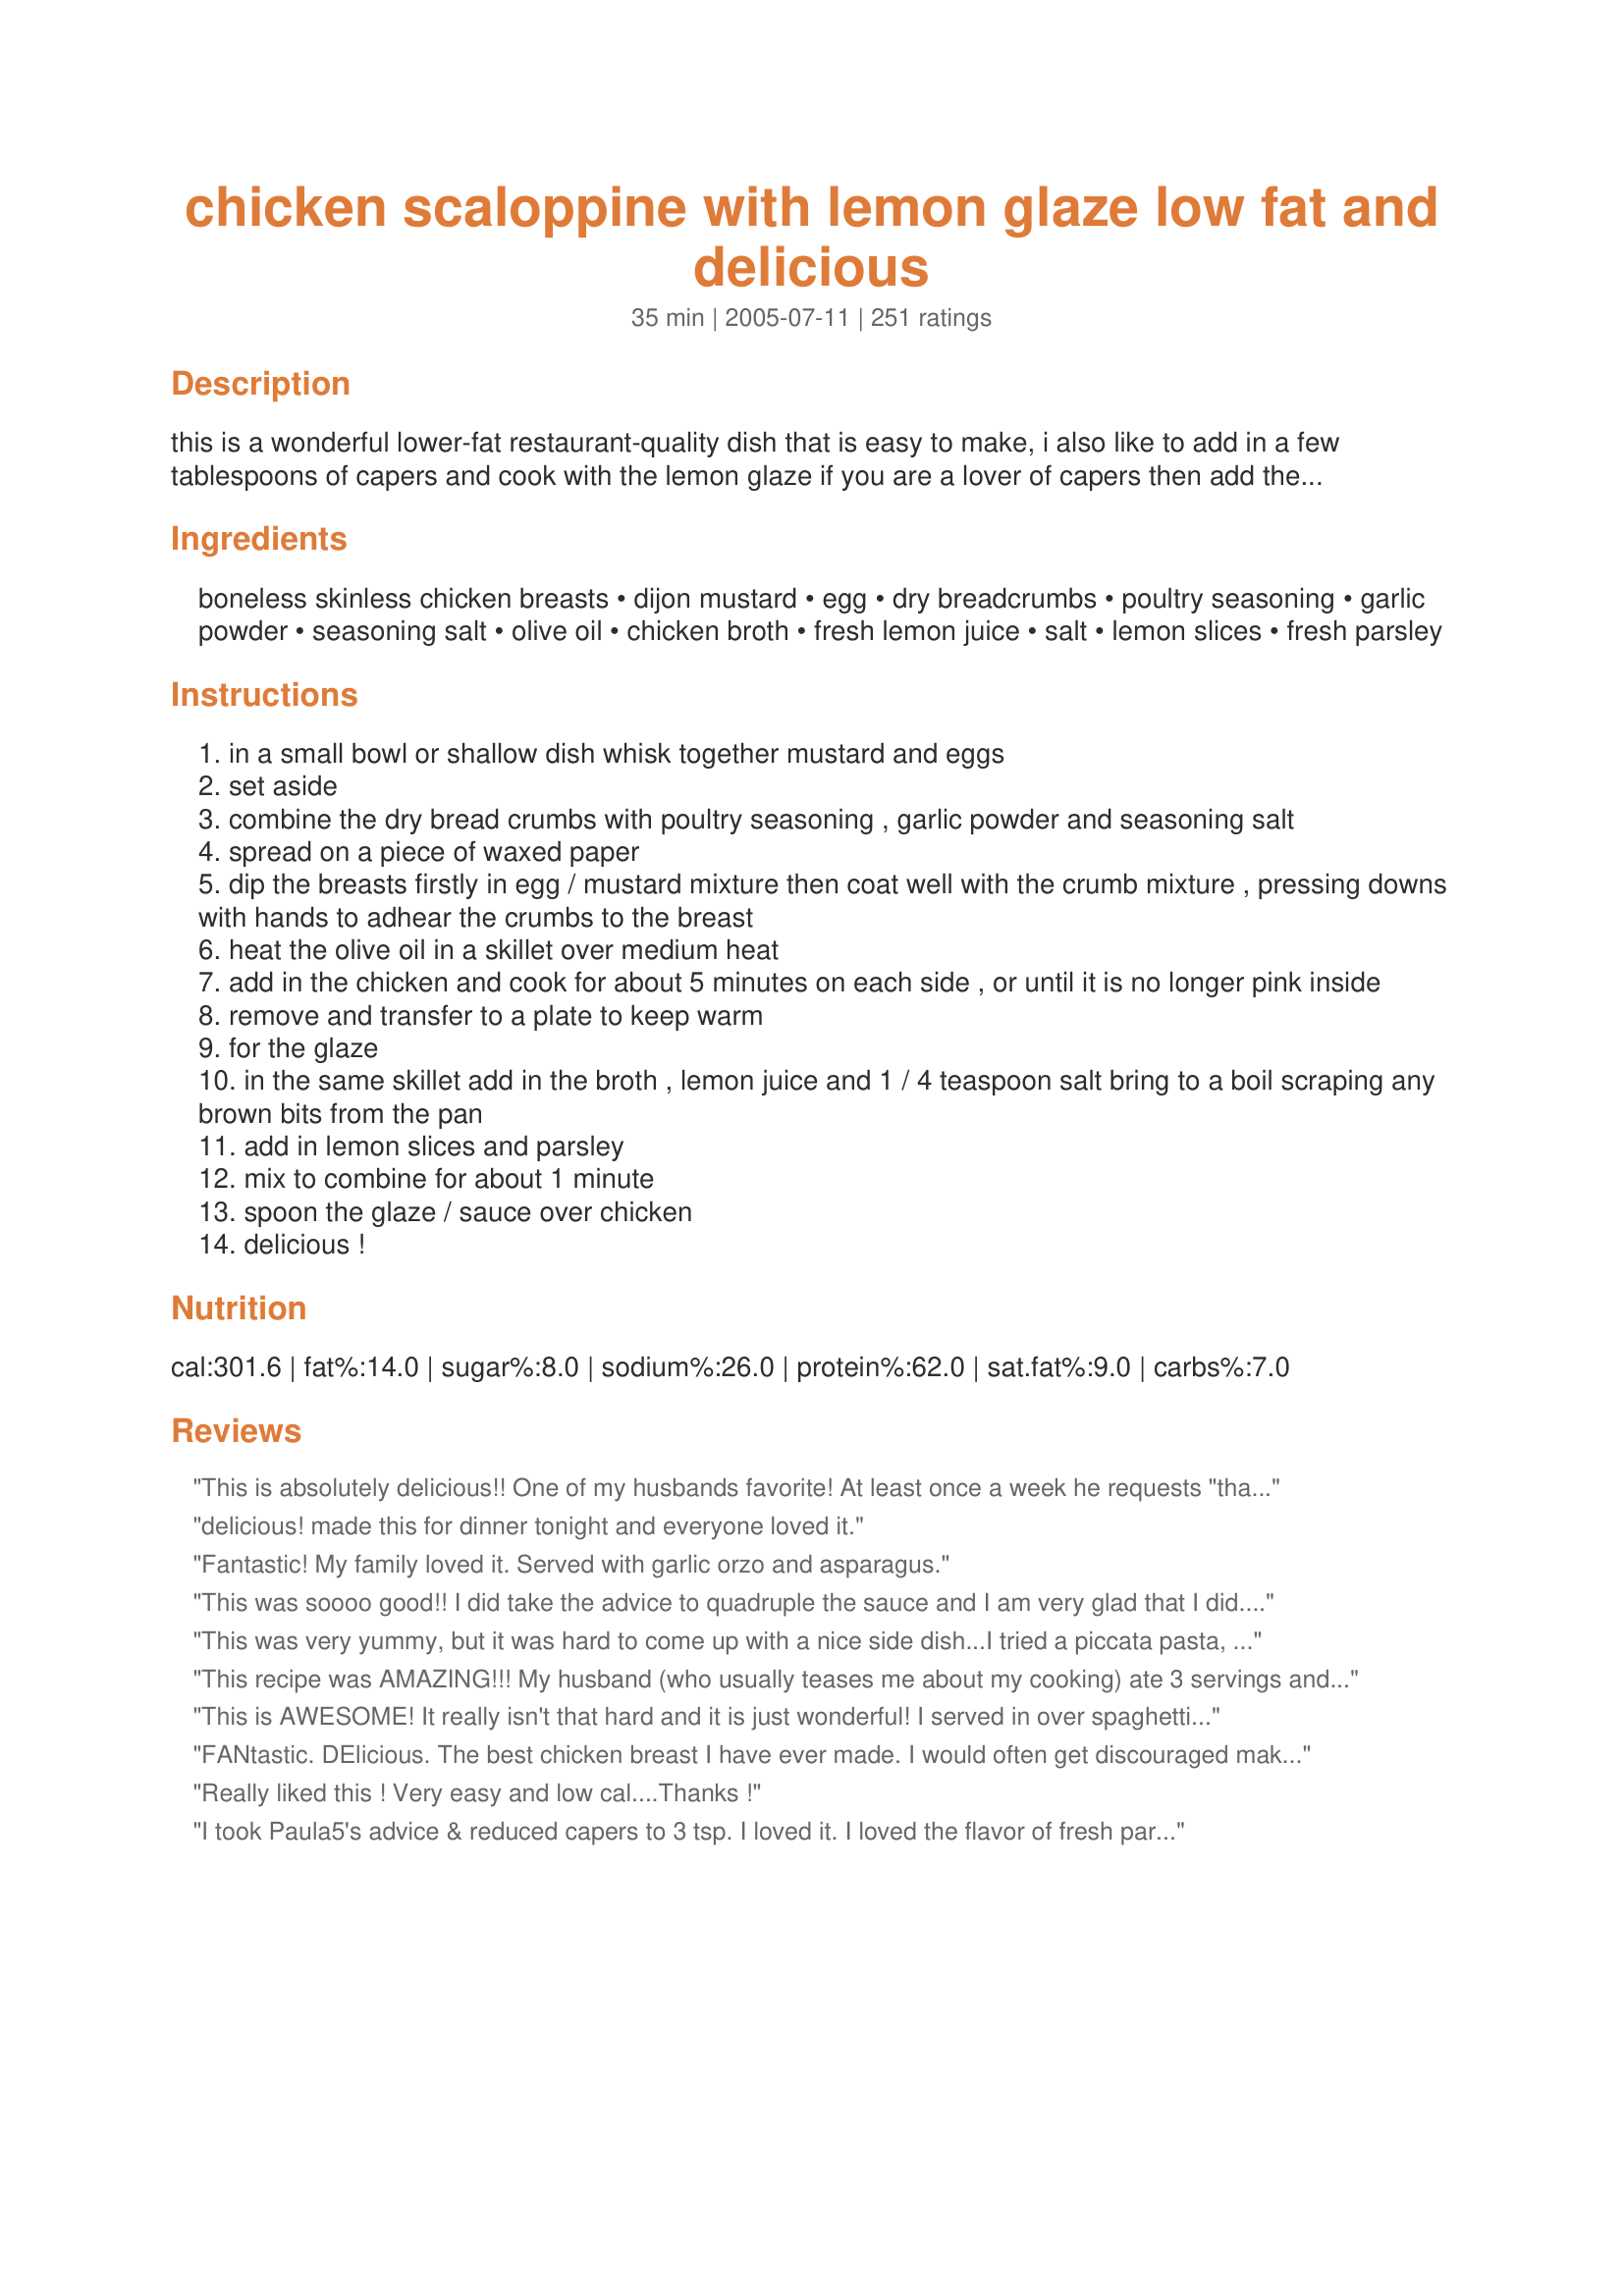
chicken scaloppine with lemon glaze low fat and delicious
Preparation time: 35 minutes

this is a wonderful lower-fat restaurant-quality dish that is easy to make, i also like to add in a few tablespoons of capers and cook with the lemon glaze if you are a lover of capers then add them in as it really adds to the flavour of this dish --- this lemon sauce is not a heavy creamy sauce which is what makes this dish lower in fat, it is more like a glaze that soaks into the chicken, and i would strongly suggest to double or even triple the glaze i most always do, and please be certain to use only dry breadcrumbs as fresh will not stick to the chicken as well --- this is *very* good!

Ingredients:
boneless skinless chicken breasts, dijon mustard, egg, dry breadcrumbs, poultry seasoning, garlic powder, seasoning salt, olive oil, chicken broth, fresh lemon juice, salt, lemon slices, fresh parsley

Steps:
in a small bowl or shallow dish whisk together mustard and eggs
set aside
combine the dry bread crumbs with poultry seasoning , garlic powder and seasoning salt
spread on a piece of waxed paper
dip the breasts firstly in egg / mustard mixture then coat well with the crumb mixture , pressing downs with hands to adhear the crumbs to the breast
heat the olive oil in a skillet over medium heat
add in the chicken and cook for about 5 minutes on each side , or until it is no longer pink inside
remove and transfer to a plate to keep warm
for the glaze
in the same skillet add in the broth , lemon juice and 1 / 4 teaspoon salt bring to a boil scraping any brown bits from the pan
add in lemon slices and parsley
mix to combine for about 1 minute
spoon the glaze / sauce over chicken
delicious !

Reviews:
This is absolutely delicious!! One of my husbands favorite! At least once a week he requests "that chicken scaloppine!!"
delicious! made this for dinner tonight and everyone loved it.
Fantastic! My family loved it. Served with garlic orzo and asparagus.
This was soooo good!! I did take the advice to quadruple the sauce and I am very glad that I did. The sauce definitely completes this dish nicely. I omitted the salt in the sauce, personal preference. I was glad I did. I did not use low sodium chicken broth and it would have been too salty. This recipe will definitely be entering the rounds of meals in my home. Thanks Kittencal!
This was very yummy, but it was hard to come up with a nice side dish...I tried a piccata pasta, but the flavors were to similar. Thanks for sharing!
This recipe was AMAZING!!! My husband (who usually teases me about my cooking) ate 3 servings and kept "mmm-ing" throughout. The food tasted like we were in a fine restaurant. 

I did double-up on the sauce, and it wasn't too much at all. I also used about half the amount of breadcrumbs and used egg substitute instead of eggs - to cut on the calories. YUM!!! I'll be making this recipe again this Friday - for a dinner party. (can't wait!)
This is AWESOME! It really isn't that hard and it is just wonderful! I served in over spaghetti squash and doubled the sauce like others suggested. I would highly recommend serving it the same way! Thanks for the wonderful recipe Kittencal!
FANtastic. DElicious. The best chicken breast I have ever made. I would often get discouraged making chicken since it never seemed to come out moist and flavorful enough. But not this time! This time I had thirds and my family did the same! No wonder this has such a high rating. I did use the capers but even without this dish is scrumptious. I used one egg and it worked perfectly. I also was planning on doubling the glaze but forgot when it actually came time to do it. But that didnt matter either. It was still 5 stars. I made along side Recipe #63200 and broccoli & it worked well. Thanks for sharing, the Lord Jesus richly bless you with more of His character.
Really liked this ! Very easy and low cal....Thanks !
I took Paula5's advice & reduced capers to 3 tsp. I loved it. I loved the flavor of fresh parsley too. Thanks.
Great recipe. Love to make this one. Amazing flavor.
Wonderfully delicious! Loved the use of the mustard to dredge the chicken in before breading it with the panko bread crumbs. I used chicken breasts that were halved which made this chicken so much more tender. Served this dish with a mustard/lemon based sauteed asparagus. What a wonderful meal!
This was very yummy and very easy. I did not have capers on hand, but ended up making a side of broccoli and green beans with julienne red peppers and even drizzled some of the lemon glaze over it. Delicious! Thank you for a great and quick recipe. It is also very economical. I still have chicken breats left from the package and each one only came out to $1.58! And I have left overs. Oh, I used a bit of Italian breadcrumbs, it worked out fine.
I used Haddock instead of chicken but it was still a great dish. The lemon was wonderful and the outside of the fish was nice and crunchy. I did bake the fish at 400 for about 20 mins. I also added some cornstarch to thicken the lemon glaze. This is already on the menu to be served with chicken.
Delicious indeed! I had been searching for a meal both light and flavorful and found it in this recipe. My husband was delighted and ate up every bit. When I asked him if I should make it again, he responded with a resounding &quot;Oh my God, YES!&quot;. Thank you for your recipe!
YUmmmmm! I added the capers because we love them around here! Doubled the sauce.
Another fab recipe from Kittencal!! I would love to see more low fat recipes from you because this one knocks it out the park :) The capers were a great addition, I also added a bit of onion powder to the bread crumb mix. Can't wait to make this again!
Sensational! 5 stars all the way. My son is totally in love with your recipe Kittencal! I tripled the sauce the second time I made it. Thanks!
This was quite good and something I'd make again. My 6-yr-old and I liked it even without the sauce. I added a lot more broth and some corn starch to the sauce. Good for variation. Thanks for the recipe.
This was wonderful (and easy). My husband (very picky with chicken) said that it was a refreshing change to plain old chicken. My 6 year old gobbled it up.
This was SUPER easy to make. I didn't use capers (though I like them, I didn't have them in the pantry) but everything went well. This was a 30 minute meal for me, as I used simple veggies for side dishes.
I made along with Recipe #27876 for one heck of a delicious meal! The chicken was so juicy and tender and the flavors were right on! Served for company and the meal was a special one! This was not difficult to prepare. I will make again as the family asked for it again soon! I did as Zett and Oxford did and doubled the sauce. and did add mushrooms. So very good!
Fabulous. I am a bachelor and just starting out learning to cook. And have taken on the responsibly of cooking for my roommates, and friends. This was easy, and was a big hit !! Only thing is that I would comment on is to keep an eye on the sauce while it is on the boil. Or some of the amount can be lost. Plus, I did like several others noted and tripled the sauce amount and added healthy pinch of corn starch. Not only do I like a thick sauce, but it seemed to hold onto the finished chicken better or I think it would have just run off onto the plate. &lt;br/&gt;Other than that, thanks a bunch !! I&#039;ll definitely be looking for your recipes in the future.
Awesome recipe! Intense flavors, great texture. I turn to this one when I'm short on time, but want a powerfully flavored meal.
Great! Even the little ones liked this. I did add a little more lemon juice because I like lemony dishes. Thanks.
The chicken was delicious but the lemon sauce didn't work out for us. I am not sure what went wrong but we just ended up with a thin, bitter juice that I served alongside but we didnt really eat. The chicken on the other hand was delicious and moist. I used panko breadcrumbs and the kids and dh loved it. I wonder how accurate the nutritionals are considering it is pan fried? We will however make it again, especially for the kids. Thanks
This was one of the best recipes I have tried....I served this with lemon spaghetti #125120 and it was a 10 star meal for a monday...thanks...will put this one is my familes favorite recipes
This truly is a restaurant-quality dish, KITTENCAL. I make it exactly as posted except that I double the sauce. And I always add the capers. Thanks for another great recipe!
This was an excellent recipe. I used 3 chicken breasts. I increased the chicken broth to a full cup but did not adjust the other sauce ingredients and it turned out fine. Next time I will leave out the salt in the sauce. I just didn't think it was necessary.
This was FANTASTIC! So flavorful, and simple! I used half Panko, and half Italian breadcrumbs, because it's what was in the pantry. I also used Motreal Chicken seasoning in lieu of seasonings listed, I just love that flavor combination. I doubled the sauce, and would have quadrupled it if I'd had enough lemons, next time I'll make sure I do because I really wanted more sauce! This is such a winner.. I served it with Angel Hair pasta coated with browned butter... yum. Thanks Kit!
made this forever ago and forgot to review! so good. i used thinly pounded pork loin instead of chicken, it came out very yummy!
This recipe was wonderful. My 9 and 2 year old loved it. I will definitely make it again.
We love,love,love this recipe! I also double the sauce and I add capers, a small can of drained sliced mushrooms and artichokes if I have them on hand.
I thought the capers were in perfect proportion to the sauce and the chicken. I used butter and very much enjoyed the result. Thanks for the recipe!
I had a feeling that this was going to be an awesome choice for dinner tonight with all of the 5 star reviews and I wasn't disappointed! I halved this recipe for just my husband and me but tripled the sauce (added cornstarch) which was delicious on its own but next time I'll try the capers. The dijon mustard added outstanding flavor to the breading mix and did a great job of helping the crumbs to adhere. For those of us looking to jazz up boring chicken breasts without using a ton of butter or oil this recipe is a lifesaver. I'm adding this recipe to my permanent collection--thanks so much for posting! :)
I really liked this recipe. I followed other reviewers advice and tripled the sauce. This was such a light tasty dish. It was even good reheated the next day. I will be making this often. Thanks Kittencal!
Tasted very, very good! Kept to the ingredients, although added some chili flakes to the breadcrumb mix as i like things a bit spicey. Served it with rice. Delicious!
I love this! Most of the chicken breading comes off when you try to flip the chicken, but I LOVE the breading. May be better with no capers, and the sauce doesn&#039;t translate great to a pasta sauce--probably best to just pour it over the chicken.
Very good chicken scaloppine. My DH thought it was great. We thought is was very tender. Thanks for posting this recipe.
Excellent. When the hubby saw the recipe he said he thought "Yuck" but when we got to the table he RAVED about it. Another keeper.
Excellent chicken recipe and very easy!! I doubled the sauce ingredients (because I sure do love my sauce). If you have family members who don't love the taste of lemon, you can still create this dish for them and serve it without the sauce. Yum!
I didn't have very good luck with this recipe..I pretty much set my kitchen ablaze and threw out what turned out to be blackened chicken with burnt oil sauce. I don't think I'll be trying this again, I really was hoping for a nice dinner tonight :(
My husband couldn't get enough of this! He called it "amazingly good," "my favorite dish you've ever made...ever!" and "good enough to eat three times a week!" It's so easy and I love that it's not terribly unhealthy! Instead of pounding the whole chicken breast, I cut 1/4" thick slices from it and skipped the pounding. Of course, I needed to up the amount of breading to do it that way (which is just fine!) -- the amount listed didn't even cover 2 large breasts when they're cut up like that. Thank you so much for this recipe! Yum!
This was very simple & flavorful! I used chicken cutlets, which also made them quick-cooking. I liked the lemon sauce - lots of flavor!! But - I did add a little fat-free half n half to make it creamier. I WILL make this again!! Thanks!
If I could rate this dish higher, I would. This was an amazing way to cook chicken. I am a big fan of lemon flavored things to begin with. It is hard to believe it is low in fat. Thank you for posting.
Very tasty and it is full of citrus tangy flavor. I added no salt spicy herbs mixed with water instead of chicken broth since it wasn't in my pantry but it came out real delicious. It also reduced sodium that way.
Absolutely delicious! Very restaurant quality. It's easy, moist and did I say tastes great?? Thanks Kitten for another great recipe.
FANTASTIC! Made this chicken last night for 7 of my family & friends & it was a huge hit! Everyone called today still raving & asking the recipe. At first tasting the lemon glaze I thought yikes its so tart it may be too much but it was perfect. I used all natural chicken breasts & they cut with a spoon they were so tender. The mustard adds taste texture & holds the bread crumbs (used Italian more added flavor). Also used capers which adds depth to the dish. Beware I made quite a bit extra chicken thinking I would have leftovers for the week...not so people were pigging out...so be sure to make more than you think you might need!
Excellent chicken dish, and we all loved it! It's always great to cut the fat when I can, and with this recipe, you wouldn't even know it. I used whole wheat bread for the bread crumbs, and also added loads of sliced button mushrooms in the glaze, which I doubled, as another reviewer did. This was incredibly delicious, and one recipe I will be enjoying for a very long time! Thank you for sharing it with us Kitten! Made for Zaar Stars 1/09 Linda
This a family favorite now that I make OFTEN. I make it as written except I find that 2 eggs is way too much. I use one egg and 1 Tblsp. Dijon and it's plenty. I also double the lemon glaze to make more of a sauce to pour over the chicken since it is SO yummy. On of my boys doesn't like lemon, so I put aside a couple of cooked pieces for him before adding the lemon glaze and everybody's happy! Thanks Kittencal for another winner.
I didn't read the other reviews before I made this or I would have known to double (or triple) the sauce. Other than that, it was wonderful. I had a bag of Meyer lemons so I used one for this recipe. I used Panko breadcrumbs; I also added capers. Very, very good; I will definitely make this again, increasing the sauce. Loved the flavor and the crispness of the chicken.
So delicious! My family loved this (all of them - picky ones included!). Used panko as suggested and should definitely have made extra lemon sauce. We&#039;ll be having this again!
Another winner!!! Made this for our dinner cutting down on the chicken and using chicken tenderloins pounded down and left the sauce at the same amount. I did use some panko crumbs with the breadcrumbs and added some capers. (I breaded the chicken and like PaulaG I let them sit for about 15 minutes). The chicken turned out to be so tender and DH loved this dish. Definately an easy and quick dish on a hot summer night. Served with fresh stirfry of broccoli, cauliflower, mushroooms and onions. Wonderful. Thank you for posting. Going into my Favorites of 2013.
We really enjoyed this dish and served with rice and steamed broccolli. I used twice the sauce and didn't have lemons on hand so only got to use the bottled stuff. I also only had real breadcrumbs (leftover holiday rolls) and went through 3 cups (adding seasoning too). I don't think I've ever used poultry seasoning before and that taste was something I'll leave out next time-but only personal preference there! I've loved all your recipes! Thanks!
This was the best thing I've made in a LONG time....definately made it's way into our monthly rotation! I used Panko Bread Crumbs and I think that made it even better!
I found this recipe delicious! I doubled or tripled the stock in the glaze and added some thickening agent. I used thin chicken breasts and let the lemons rest on the chicken to add flavor. So good!
I'll add my voice to the chorus. Easy enough to make, with great flavor that is truly restaurant quality! I served with Recipe #203841 and we were all impressed with the dinner. I will need to get a carton of chicken broth, something easy to keep in the fridge, rather than opening a can and having to figure out what to do with the remainder.
What a great meal! I loved the lemony glaze so much. I can't wait to make it for company coming next weekend and have it again!
We REALLY enjoyed this recipe, and we've made it twice already since finding this two weeks ago. I found, though, that the capers are VERY strong. I don't use quite as many of them because of that. Other than that, we made this as-is, and LOVED it! Thanks for the great recipe!
Absolutely wonderful. Thanks so much for the recipe.
Delicious! Hubby did most of the hard work - I just helped by increasing the sauce, and adding some honey (we like a little sweetness to the sour and salt). Gobbled up by entire family, even the picky little ones. THANK YOU, KITTENCAL!
This is soooo good. I really liked the egg mustard mixture. I was only able to put 2 breasts in at a time but they stayed nice and warm on my tray. I did double the sauce recipe and will do that next time too. I served this with parsley buttered noodles and corn on the cob. Thank you Kittencal for sharing yet another great recipe for my family.
This was easy and delicious! I did use panko bread crumbs and I doubled the sauce. My husband thought it was too lemony, but I LOVED it! Served it with baked brown Jasmine rice and glazed carrots. I didn't use any capers but I did add a can of drained mushrooms to the glaze. YUM!
Yum Yum Yum!! We just love your recipes kitten :-) I added the capers, I only made two chicken breasts and halved that portion of the recipe but I kept the sauce portion at the same quantities.
An absolute hit for dinner tonight. I served it to my DS8 sans sauce (he thought it was too sweet - silly boy!) and he devoured it and told me it was perfectly cooked. DH and I really enjoyed this and I must admit I stuck my finger in the leftover sauce because it was just so yummy. I too doubled the sauce and chose to add some cornstarch to thicken it up as a personal preference. Yummy!
This was a great recipe and I will be making it again. I think this chicken would be good with other sauces as well as just plain. Thanks Kittencal you have become one of my favorites, you have so many wonderful recipes!
Fabulous recipe!! Next time I will make more of the sauce to put over rice!! Everyone loved it!
I made this the other night for dinner and it turned great! The chicken was juicy and my boyfriend really liked it.

The only thing that I didnt care for was the glaze. I think I did it correct but it was just ok. Next time I can do without. But I will make again for sure!
My DH and I absolutely love this recipe!! When I told him I wanted to make it for dinner he was overly eager to go to the store and get my lemons.. (he never goes to the store lol) .. I also double the sauce recipe at the end.. I really like to soak it up on the chicken!
This chicken is tart and has a bright flavor it was very refreshing on a hot day. I doubled the sauce and used panko breadcrumbs, I didnt have poultry seasoning so I used a souvlaki mix. I think I will try salmon/capers next time. I love KITENCAL'S recipes they are always winners Thank You!!
Wow!!! I made this a few months ago, and could not find the recipe to remember the name and rate it. My DH and I both adored the recipe, it was delicious! I did made a few adjustments however. I actually doubled the sauce and added a bit of butter and flour to thicken the sauce and served it with pasta, it was soooooo good this way!
Another great recipe, kittencal! My husband ate this like he was eating his last meal. I will say I did add some chopped olives though. Gilding a lily I suppose.
This was VERY nice! I made it especially for my husband, who is a lemon fiend, and he loved it. I skimped on the oil, so it wasn't as crispy as it might have been, but it was still delicious. Wonderful sauce. Just a note-- I doubled the sauce, too.
Iv'e had this recipe saved for a month now just dying to try it out on my mom on her return visit,we all took part in making this dish,mom mixed the breadcrumb mixture and also the egg/mustard mix and coated the pounded chicken breasts,hubby fried up the chicken and I made the sauce,we three all had a blast in the kitchen making this dish together,Mom and I were laughing our heads off at my hubby for his fear of the capers (he never having ever tried them before) was so afraid of them ruining the chicken but we convinced him they would be great!!
 I followed directions exactly except I used 4 teaspoons of capers since we only had 3 chicken breast halves.
 The chicken was very tender,juicy,crispy on the outside,the flavor was exquisitly intense and extremly delectible!!!
 Lots of MMMM's & Ohhhhh's with each bite!!!
 This was some seriously devine chicken!!!
 We all loved it tremendously!!
 
 Thank You for this incredibly OUTSTANDING recipe,I will be making this again for sure!!!!!
 Debbie :) 

Outstanding!!! Very tasty. Capers were a great addition. Use 2 eggs also and definitely triple or quadruple the glaze!!
The family really liked this chicken dish. Some of the leftover pieces of chicken later were put on slices of bread to make delicious chicken sandwiches.
Thanks Cal! My DH and I loved it. This will soon become a regular at our house.
nice lemon flavor and easy to put together. I made this with the capers and am sure I'll make it again.
My whole family loved this. I passed the recipe on to my parents and they also raved over it.
What a great treat! Too bad I didn't follow the other recommendations and double the sauce ... that's a must, in my opinion. We all loved it and this will definitely go in my 'be sure to make again' book. I did omit the capers, however. I was afraid that it might deter some of the family, but I will probably try with the capers at some future time. Thanks for a GREAT recipe!
Updated 5/30/10 -- I sometimes substitute white wine for the chicken broth ... that also works great.
Simply wonderful. Easy to make, easy to eat. I didn't add capers, but I can see how they would add to the taste. I really enjoyed the dijon mustard addition, but ended up throwing out 85% of the mustard/egg mixture- it just wasn't needed. I would probably use one egg, 1 T of dijon next time. Fresh lemon juice was a great addition- I am so glad I didn't use bottled. Was a teensy bit salty, probably my fault, as my poultry seasoning is a little salty on its own. I also added 1/2 tsp of cornstarch to the broth mixture (which I doubled as per another reviewer) just to make it a little bit thicker. Really really nice little dinner. Thanks for sharing.
We love capers and that is what drew me to this dish. It is restaurant quality and only 18% fat! Just the two of us so I only used two breasts but kept the amount of sauce... which was delicious.
This is delicious. DH asked for seconds and requested for it the next day too! The sauce is unbelievable
This was absolutely delicious. I used leftover chickpea chips instead of breadcrumbs because I am gluten-free and try to avoid wheat and corn-based products. Next time I will grind them up finer in my food processor now that I know I like the taste. I agree, I will double the sauce next time as well because there was hardly any left in the pan to pour over the chicken after I cooked it. That may be because I &quot;halved&quot; the recipe for two chicken breasts, however. Pretty easy to make. I especially like that it mostly uses ingredients I already have in the kitchen and pantry as opposed to having to shop for a bunch of things. Will definitely add this to the rotation of dishes i will cook again. Thank you!
This dish is not only simple and delicious, but the presentation is beautiful. I did add capers which my husband loves, so when I served it, I placed the lemon slices over the top of each breast, spooned the glaze and of course put extra capers on his plate. HE LOVED IT and he said it was even better the next day for his lunch!
Easy and very yummy! Wish I had made more sauce since mine evaporated hahha. We used panko as well.
Very good. I doubled the sauce as suggested and served with buttered noodles.
Good stuff! It's a good thing we really like capers, because they are overpowering in this dish -- but if you really like them, that's a good thing. The chicken comes out crispy, lemony and delicious. Left out the butter. Makes an impressive presentation besides tasting great. Yum!
This chicken turned out moist and crispy. I used thin chicken breasts, perfect for scalloppine, and they cooked just as directed. I had never mixed egg and mustard but apparently it works and gave the chicken great flavor. I also doubled the sauce and it was good. Next time, however, I would omit the salt in the sauce because it was too salty for us. Thanks for another great recipe!
This was really really good. The chicken was super moist and flavorful. I was worried that it would be a little bit too lemony but it was just the right amount. I served this over risotta with squash and asparagus. Great! Thanks!
This is my husband's favorite chicken dish on earth !! We love it. I always make it when I have a new guest to dinner. It's so good and nice enough for company. I always use the cutlets and double the sauce.
Delicious! Doubled the lemon glaze and was glad I did. Made a lovely dinner. Thanks for sharing the recipe!
This is fantastic & sooo easy to make!!! I was really surprised at how good this is.. served it with your caesar salad & home made croutons. Next time I might try an apricot sauce - just for something different. Everyone was very impressed and gave you 10 out of 10
q(^.^)p
Delicious flavors, and healthy, what a great combination. I forgot to pound they chicken first, so I had to simmer them in the sauce for a while to finish cooking. Because of that, even though I doubled the sauce, there was still very little left by the time the chicken was done. That was totally my fault though. I'll definitely make again, keep the sauce doubled, but remember to pound the breasts thinner next time.
DH and I made this for dinner tonight and really enjoyed it. Based on other reviews, we decided to quadruple the broth and double the capers and salt in order to have extra sauce. It turned out wonderful. I think next time, I would not double the salt because my chicken stock is not low sodium and thus I found the dish a bit on the salty side. We omitted the butter to make for a healthier dish and served with a side of asparagus. Thank you for posting this keeper.
Fantastic. My famil loved it. I agree with another member's comments; double the sauce so that you have more than enough. Also, I have a vegetarian family member so I also made some eggplant and use the sauce on it as well. She raved about it and even asked for the recipe. Thanks for the great recipe - this is a keeper!
Absolutely outstanding, will make it again and again.
I followed the recipe exactly and my husband and I were very impressed by the wonderful flavor. I thought the recipe was right on and the poultry seasoning and capers really add an impressive flair. Definitely a restaurant quality dish! Can't wait to make it again and very worthy of company.
So good! Served over pasta and doubled the sauce. Next time I will make even more sauce. Also, highly recommend using the capers.
We must be in the minority on this one. We won't be making this again. The chicken was moist and flavorful (hence the 2 stars) but the sauce was horrible. I followed the recipe exactly and then did as some reviewers suggested and added cornstarch to thicken it. It had a horrible flavor. I love lemon sauces so I was very dissapointed in this one. I hope others have better luck!
LOVED this recipe. Thank you so much. Elegant, healthy--loved the capers.
Delicious. The only thing I would recommend is adding corn starch (mix it with cold water first) to the sauce. I like my sauce thicker. But thanks Kitten. I will definitely make this again.
We really enjoyed this! The seasoned bread crumbs had a lovely flavor, although I had to do without the garlic powder as I was out. I found the sauce quite lemony, so maybe next time I might reduce the lemon juice just a bit, but that's just my personal preference, my husband loved it as it was. Definitely will be serving to company, and lots more to just our family~ it was very easy and quick to make!
Yummy..will make again! Only thing different is I had to double the breadcrumbs.
Excellent- Simple recipe to put together... and it yielded classic results.
This recipe Will replace all of my chicken scaloppine recipes! Dish is so easy, full of flavor! I tripled the sauce, used panko crumbs, and I didn&#039;t have any problem with the sauce needing cornstarch or flour to thicken it up whatsoever. This is NOT a gravy, it&#039;s a sauce and it is wonderful. Thank you, thank you, Kittencal, this recipe rocks and considering it is a &quot;healthier&quot; version..............It will definitely be repeated for the family as well as company.
YUM! As suggested by another reviewer I used panko bread crumbs and doubled the sauce.Funny...I got a high five too from my DH.
I really liked the dijon/egg mixture on the chicken. The bread crumbs adhered well and the combo of the seasoned bread crumbs and the dijon gave a nice flavor. It fried up nice and crispy. The sauce was pretty good. I think I would try an alternative if I made it again.
This was very tasty. Thanks for the recipe.
This is probably the best recipe from KITTENCAL that I have made yet, better eating at any restaurant, I used very few capers because we really are not big time caper lovers here, in fact I might make it next time without the capers, it is an OUTSTANDING recipe, we loved the lemon flavor. This deserves much more than 5 stars, thank you.
i am DEFINATLY going to try this one, i don't usually go for low-fat but this looks absolutly delishious!
As if this need another review....but this was so yummy. Next time I'll add in some cornstarch to the breadcrumb mix to help it be a little more crisp.
This was quite easy, but unfortunately I just wasn't that impressed.
I halfed the recipe for three chicken breasts and had way too much breadcrumb mixture, only used about 1/2 of it. 
The sauce was good but VERY lemony.
I also ommitted the dijon and poultry seasoning because I didn't have any.
It was okay, but not overly impressed.
I was skeptical of the breading on this (too many mushy breaded chicken experiences!) but I resolved to go ahead and bread it using panko crumbs, and it turned out fantastic! Nice crunch, even with the glaze, and deliciously moist inside. I cut the recipe in half except for the glaze, and added the capers. It looked so fancy with the lemon slices - can't wait to serve this one to company! I loved the one-pan clean up afterwards, too. :) My husband spontaneously gave this dish 4 stars (which is his highest rating), so I know it's a keeper. Served with buttered orzo pasta and steamed broccoli for a tasty meal! Thanks for such an easy, tasty recipe!! **Update: I make this ALL the time - it's one of my hubby's most-requested dishes! Thanks again for sharing!
Tonight was a Kittencal night at our house. I made this, along with the Sweet & Spicy Sweet Potato Bake. Not sure if it was a good pairing, but each dish is really good! I found my pan to be a little dry after sauteeing the chicken on each side, so I added the juice of half a lemon, a couple of splashes of chardonnay, and a few splashes of chicken broth as well, and let the chicken simmer in that for just a couple of extra minutes. Had to throw in some more capers, too, because we love them. DH was mmm'ing over this one at first bite. DeLISH! Thanks, Kittencal!
This was great, although I changed it a lot (simply due to laziness and alternate ingredient availability). I didn't have capers, so I left them out. I used boneless skinless chicken thighs instead of breasts, and I didn't fry. I think the Dijon mustard with the egg is the secret! I prepared the chicken per the instructions and baked at 400 degrees, after first drizzling the bottom of the pan and the tops of the chicken with a little olive oil. I made the sauce in a small saucepan on the stove, using a little garlic-infused olive oil to mimic the pan method. My husband gobbled it up last night, and he took leftovers for lunch. He just sent me a text that said, "I could eat this all day!"
Great recipe, will make again!
Really good:) I doubled the glaze/sauce and added halved grape tomatoes and a drained can of quartered artichoke hearts or bottoms either works. I like it with angel hair pasta--you can use whole wheat or the low carb type too. 
Another keeper!!
Absolutely delicious and so easy tp make! Followed the instructions, but didn't use butter or capers and doubled the sauce as suggested by two other members. Served it over white rice, wild rice and even mashed potatoes! Definitely a keeper! Thank you Kittencal!
Delicious! So simple and easy. The whole thing took less than an hour. I pounded the chicken with a hammer... time to get a meat tenderizer I guess! I was impressed that the breading stuck like glue to the chicken and did not come off in frying. And I loved the flavor that the dijon mustard and lemon gave to the chicken. Definitely a make-again.
Exquisite!!!

I made this a few weeks ago and am just now getting around to rating, although the dish has never left my thoughts.How much simplier can you get, I mean, it was a breeze to prepare, and the taste is like an elegant entree at an upscale resteurant. 
 I did flatten my chicken breast, and it made for 5 large pieces, but only took minutes to fry.The sauce was perfection. I placed the finished chicken breasts on a beautiful oval platter, then poured the sauce over the top and it was just as pretty as a picture, especially with the sliced lemon. Very good recipe to impress.My kids went wild over it, and I had to hide the last half piece from my duaghter so I could savor the flavor the next day.
Rare as it is that I give a 5-star review but this is one of them and my wife and children agree. The only thing I would change, and it should not affect the rating, is to double the sauce. The sauce is enough to "glaze" the dish and the breading seems to soak most of it up, but that may be a preference to the author. I did use panko bread crumbs and it worked out great. One other suggestion I'd make is once you pound out the breasts, two breasts take up the entire pan.

As for the flavor, it was excellent and I did not find the lemon too strong at all. The texture is crisp and the chicken was juicy. I may add sauteed mushrooms next time. Great recipe.
I've made this a couple of times, and it is absolutely awesome. I would suggest quadrupling the sauce - I doubled it the first time I made it and it just was not enough. I always use panko bread crumbs, as I love the extra crunch they give. Thank you, Kittencal, for another fantastic recipe!
I really enjoyed this for dinner tonight. Made exactly as directed, except for the capers, didn't have any. Not too lemony as some Scaloppines can be. Will definitely make this again. Thanks for the recipe.
Wow! This was fantastic. I did double the recipe for the sauce. MMMMM. I am such a huge fan of capers anyway that I knew I would love this. But my significant other loved it too.. and he usually doesn't care for capers. He loved it.. but asked if I could up the garlic a little next time.. sure thing-I'll try that! This one is going in our "make over and over" recipe file.
Wow. This is wonderful! I tripled the amount of lemon juice and broth, whisked in some butter at the end and served it over angel hair. Incredible! This deserves at least 6 stars!
Fabulous recipe and pretty simple. I didn't have breadcrumbs in the house so I substituted croutons and omitted the seasonings. Turned out great! The capers are a must to have if you want this to turn out. Their saltiness really adds to the flavor.
OMG...This is amazing!!! The lemon taste was subtle and not too overbearing. I seriously can not believe this is low fat. I figured the ww points as 6 pts per serving (I only used 1 tablespoon olive oil and only one egg, I added minced garlic to the oil to cook the chicken). My partner and I both agree this recipe is guest worthy. Yummy! Thank you soooo much for posting, Kittencal. This one is a KEEPER!!
Nice recipe, my "glaze" didn't turn out as such, but rather just chicken & lemon juice, I used a non-stick pan, maybe that was my problem because I was expecting it to be much thicker.
Next time I will pound my chicken even thinner tho.
Thanks, I'll be making this again.
We loved this! It was light and flavorful. I used egg substitute, panko breadcrumbs and less than 2 tbs. of olive oil. I doubled the amount of sauce and thickened it with a little cornstarch. Also, I found that the chicken was done after only 3 minutes a side. Great recipe!!
Yum! Instead of pounding the chicken breasts, I bought thin-cut breast (there were 5 pieces) and that worked just fine, followed the directions except I seasoned the breast before dredging in egg & dijon mustard. It was fairly easy and fast to make, I'll be making this again soon! Thanks for a great recipe!
Delicious and really easy to make. Anyone could easily make this and have a really fantastic meal. I served this with deviled cauliflower (634) and it was a fantastic meal!
Very good but I felt the lemon was too strong. I do think this would work wonderfully with fish.
I only had yellow mustard so I used that and added some paprika to it. I used the bottled lemon juice and everything turned out great! I will never pay for lemon chicken anywhere! My husband rated it top 5 and thats saying ALOT to him. Thanks for another great recipe kitten!
We loved this!!! It was everything we were looking for! Ended up cooking partially on the stove and finishing in the oven for about 20 minutes. With 5 minutes left in the oven, I poured the sauce over the chicken to left the flavors blend. A good way to work in capers! Served with pasta and alfredo sauce and salad. Thanks!!
I made this tonight and it was yummy! I'll definitely be making this again, very easy to throw together. I served it with some basmati rice with some steamed veggies mixed into it. Thanks for posting.
I loved this recipe! It was really tasty. I served it over noodles. I did not use capers and I did double the sauce. Next time, I would maybe even triple the sauce to have extra for the noodles. Delicious! I will be making this again!
I cooked this for my uncle's bday treat and he loved it...especially the capers!!! I will be making this again for sure :D
Great dish! Easy to make and we love capers and wouldn't make it without them. I doubled the sauce as suggested and glad I did. This one is a keeper.
AMAZING. I will make this again and again!
Easy recipe, low fat, and SO flavoful. DO DOUBLE THE SAUCE! Great with brown rice and fresh broccoli.
Thank you thank you!
Delicious, easy, exactly what I was craving tonight.
I really loved this recipe, however I made one change to the cooking method. Instead of cooking it completely on the stove, I cooked it in the oven for half the time. It seemed to get too brown, too quickly on the stove top. Thanks for the delicious dinner idea. Liz
This was WONDERFUL! I have been talking about it for weeks. I will make this for my boyfriends mother, who is an amazin chef, to impress her when she visits next.
This was good, but just tasted like oven fried chicken. I guess I was expecting something more Italian? I would call this "Mustard Chicken with lemon". Not bad, just not a "wow".
I love this recipe! My DH and I eat a lot of chicken, and the lemon and parsley in the sauce really adds something special. I'm not a caper fan, so left those out, but it was great anyway. Thanks for posting! We'll use this one a lot.
This was WONDERFUL!!!! I will be making this again.
Ohhhhh, so delicious. This was flavorful and juicy. DH loved it (which is great since he just started a low fat diet). I also doubled the glaze and added a little cornstarch to thicken it up a bit. We used the leftovers in a pita pocket the next day--still delicious. Thanks so much.
This was an easy and excellent way to fix chicken. My family loves chicken and I am always looking for new ways to fix it. Followed recipe exactly and it came out perfect. Although I also think it could have used more sauce, which I will double next time.
OMG! This recipe is the BEST! I used the panko breadcrumbs as well and tripled the glaze as suggested - it's so light and delish esp with the angel hair pasta. Making it again tonight. LOVE the capers in it - gives a very distinct restaurant flavor - great for company! Seconds please!
This recipe was delicious. Next time I will try it with the capers.
My husband loved this recipe, thank you. I haven't had a bad recipe from you yet!!!
Since we are starting the "New Year, " trying to eat a little more healthy we tried this and absolutely loved it. Very easy to make with fantastic results. We will surely enjoy this again and again.
This is wonderful! Hubby and son took it in their lunch the next day (without the sauce even). Pretty healthy too! Thank you for sharing.
Great stuff! Hard to believe it's not bad for you. My husband went back for seconds and even gave me a high five. The sauce got into the rice and broccoli on our plates and made them taste even better too. Made as directed except didn't have a lemon so used bottled lemon juice. It was just fine, but I will try the real thing next time for a brighter lemon taste.
I didn't have Dijon, so used 1 T of regular mustard and added some garlic & onion powder to it. Still, this dish was FABULOUS!!! We found it so tasty by itself; no need for the lemon glaze for us. Kittencal, you've given me another one for my permanent file. Thanks.
I took the advice of other reviewers and added cornstarch to the glaze to thicken it. With that little addition, this recipe came out perfectly! The mustard in the crust definitely added a little subtle extra and set this dish apart. Thanks!
DH and I agree this is very good. I had intended to prepare the recipe for 2 and what I thought were 2 chicken breasts actually turned out to be 3. Once flattened the chicken pretty much filled up a dinner plate. This recipe was perfect for using my warming drawer as only 1 breast could be cooked at a time and the others placed in the drawer to stay warm. I did double the sauce and only had enough for 2 of the breasts. I actually needed more bread crumbs and much more olive oil than called for. After breading the chicken, I allowed it to stand on a rack for about 15 to 20 minutes to set the coating. The chicken was moist and tender while having a wonderful crispy coating. The other piece of chicken was sliced thin and will be used to make a salad tomorrow for lunch.
This was an excellent meal. I did choose to add capers as recommended and I'm glad I did as they were a great addition. Used egg whites which further cut the fat of the dish. Thank you Kittencal for sharing the recipe.
Wonderful recipe!! I wish I had read the other comments first to know to double the sauce though. I use homemade bread crumbs, which I think tend to be more absorbent, so we weren't left with much of any sauce. :) Hubby loved this recipe and asked me to put it in our rotation. Thanks!
This was delicious. We especially liked the Dijon and the breading. The lemon sauce was pretty good too, but I may cut back just a little on the lemon juice next time. Thanks for sharing.
Unfortunately, didn&#039;t love this. It was ok. The calorie count ended up a bit higher because it took a lot more oil to fry the chicken in. If I would have known that I would have just used my tried and true recipe that uses butter and white wine, with a much better flavor for only 70 calories more than the stated calories. I also wouldn&#039;t consider it a lemon &#039;glaze&#039;. It was just lemon juice in broth, not like a glaze at all.
Kittencal has done it again! Her recipes are fantastic! This dinner was easy to make, delicious, and we had all of the ingredients on hand (we keep parsley in the freezer). We added the capers, and can't imagine making the recipe without them. This was absolutely wonderful! I'm thrilled to have found a delicious easy meal to add to our weeknight dinner list! Thank you KC!!!!
Awesome recipe. Made it for my family last night. Huge hit, and I will make it again.
Oooo I just made this tonight and it was de-lish! The only change I made was to use boneless, skinless chicken thighs. They were already pretty flat so they didn't require too much whacking (although my 9-yr old was enjoying that part). Everyone loved this, including my finicky 13-yr old. Thanks for a tasty, easy and impressive dish!
So good and easy. I will cut back on the Dijon next time as I felt it was a little strong but other than that it was perfection!! Thanks,
This was absolutely delicious. I followed the recipe exactly except I used spicy mustard instead and followed some suggestions to triple the glaze and to pour in the lemon juice as I boiled the glaze. I only ended up using about a tablespoon of it as I didn&#039;t want an overwhelming tangy lemon flavor...the amount I used was perfect!. The chicken came out so moist but with the right amount of crisp. Will definitely make again!
This was a very good chicken dish. Even my picky kids loved it. I did triple the glaze also. I left the capers out, because I didn't have any on hand. I served it with Angel hair pasta. I think next time, it might be nice to thicken up the sauce a bit...so that it sticks to the pasta better. Other than that, nice recipe.
Incredibility delicious! I used 4 boneless skinless chicken breasts and for the bread crumbs I used 3/4 cup of plain (all I had) and 1/4 cup of Italian Seasoned bread crumbs. Added the other ingredients and it was perfect. I added capers at the end and the family absolutely loved it. I doubled the sauce and glad I did. Thank goodness we have some for leftovers as I am looking forward to eating this tomorrow.
this was really good. I didn't have any breadcrumbs, so I used some chickpea flour instead. I fried it in oven too since I was running low on time. It came out great! The lemon wasn't overpowering at all. Thank you very much! 200th review :)
This chicken is the best. I have made is several times and it always comes out great. The only change I make is I use 1/2 cup of chicken broth instead of 1/4 cup and usually put a little less capers--I love them, but husband and kids don't. Makes a very pretty presentation
This was absolutely wonderful! Great taste! I will be making this again very soon. I had made extra to take as left overs to work the next day, however my husband begged for the last piece. I had the oven on warm so I could put the chicken in to keep hot while making the "sauce". I did make a little extra sauce and added some water to it. (The sauce is really good.) Thanks for the great recipe!
Superb! My toddler ate it up! I was a little leary of the eggs and dijon combination; but it was a winner!
Oh. My. God. This was so incredibly scrumptious! I absolutely loved it. The flavors were intricate and tangy without being overpowering. I added extra capers and served with jasmine rice. This has definitely become one of my favorite recipes!
Lovely! I used panko instead of breadcrumbs and loved the crunch that it gave. Took your advice and doubled the sauce and added 2 Tbsp capers, the capers added a lot to this dish and I'm very glad I doubled the glaze. Thanks for another healthier alternative Kittencal, I didn't miss the butter in this at all as so many similar versions have.
This chicken had great crunch with nice flavor that wasn't too overwhelming for the different ingredients in it. I also took a bunch of cheese-its and crumbled them, mixing with Italian break crumbs, giving the chicken a subtle cheese flavor. Nice recipe!
We decided to make this at the last second so we used bottled lemon juice and it came out Awesome
It was really good, especially the chicken. My husband thought the glaze was too bitter though, so I added a few tsp of sugar, and then I thought it was really yummy.
i just used the sauce... I didnt have bread crumbs on hand, so I just did egg/flour... i doubled the sauce and i added a little cornstarch to sauce, and i added about 2 extra tablespoons of lemon... I used myer lemons... It was fabulous! so yummy...
Ah Kitz you done it again with this fabulous recipe. I would not change a thing except double the sauce. Wonderful combination of flavors and loved the lemon. Thanks sweetie. Made for a great dinner.
AMAZING as usual. I added sliced mushrooms but other than that I followed as written. Thanks Kitten this was YUMMY
Restaurant quality is right! Couldn't be any better. If your looking for a dish to impress your guests, this is THE ONE! Thanks Kitten!
You pretty much never let me down. The literal lemon zest of this dish is amazing... didn't have poultry seasoning, so I didn't use that, but I don't think it had much impact... it's the lemon & dijon mustard that really make this recipe mouth-watering. Thanks as usual!
My boyfriend and I LOVED this!! I was a little gratuitous with the mustard and chicken broth, but otherwise followed the recipe exactly! The sauce was not overpowering with a lemon taste. It tasted like a lighter chicken picatta (just missing capers and extra lemon/butter). Will certainly make this again. Leftovers tomorrow will be even better once the chicken has had time to soak in sauce!
Delicious and so easy to prepare. Definately taste like a meal at a 5 star restaurant.
We loved this dish! It was very easy to make. I did make a change to make it more healthy carbohydrate friendly. I omitted the bread crumbs and the eggs. I seasoned the cutlets and pan fried in olive oil. I mixed in only 1 teaspoon of the mustard to the chicken broth. YUMMY! I will make this again and increase the broth and maybe add onion and mushrooms while the second side of the chicken browns.
This was very simple to put together. I never used mustard in the eggs before so that was pretty cool. It did not overpower the other flavors at all, but added a nice little zing with the lemon. Overall, a nice dish. 
~B&B
Made some changes, but wanted to review as it was great!
This is actually more like 4.5 stars. I made it as directed. Very good. I doubled the glaze, but perhaps over-lemoned it, so I used only a few spoonfuls. Maybe I can add the glaze to my lemon pasta tomorrow! I will definitely make this again.
I was visiting my grandparents tonight and I let my grandma look through my recipezaar account. She wanted me to make this because it was low fat. I made it without breadcrumbs because I'm doing the low carb deal. My grandparents loved it and gave it 4 stars. They said it reminded them of deviled eggs. :-p
This is an excellent idea for company, and mine really loved it. I added capers to the lemon sauce for a little saltiness and more flavor. I have made it several times with great results. Even the beginner cook can handle this one!
This was very good, though next time I will double the sauce.
This recipe is awesome!!!
Wow - the chicken is great all by itself! The sauce gives it that extra zing. I love the flavor of the dijon on the chicken.
Absoultely love this recipe! I've been making it for a year now. My husband loves it too. I make it once every two weeks! Delicious!
This was SO GOOD. Amazing. The glaze didn't turn out as thick as I wanted it to, but that can easily be remedied. Oh man, this was good. Have I mentioned it was really, really good?
Another UNBELIEVEABLE recipe from Kitten! This is something you could charge $15 in a restaurant for and get it easy! The sauce is so simple, yet has the most intense flavor. This is what I make when I want to really razzle-dazzle guests. Simply the best chicken I have ever had!
Totally awesome! Easy to prepare, quick to cook, wonderful to eat. I had all the ingredients on hand making this very easy and soooo delicious!
This was excellent. My entire family loved it.
I followed the recipe but the capers I purchased were ground so I knew not to add the full 5 teaspoons. I served it with buttered noodles and sliced tomatoes. I will be sure to make it again soon.
Very good! It was easy to prepare, very tangy and looked great. Made double the sauce, adding capers and a knob of butter to it. I know I am going to like a Kittencal recipe! Thanks for posting!!
Loved it. Also doubled the sauce and happy I did. I did add to the fat vaule of this recipe as I had to add more olive oil to the pan to saute each batch but it was worth it.
Easy, quick, and deicious! I left out the capers but followed everything else exactly. Thanks for the recipe!
This was VERY good. Next time I'll take your advise and double the sauce recipe. Thanks kitten!
Very good, maybe double the sauce!
This recipe was so simple delicous & healthy!! I bought the capers but forgot to add them which is a little disapointing but great reviews for the dish. I served this up with my own Recipe #423354 which was another perfect recipe TY kitty once again!
Delicious!

Made a rue with a tbsp of butter and flour for the glaze and used a cup of chicken broth with 5 tbsp of lemon juice
I was very pleased with how well the chicken tasted. Read the reviews prior to making, but opted not to double the sauce. I only made three breasts and thought it would be fine. Yes, the breading soaks up the sauce, but it flavors it nicely. Chicken was moist and juicy, with a robust lemon flavor. Dinner was served in just over 40 minutes.
ABSOLUTELY MOUTH-WATERING!! I made a few changes: First, I used 9 tenderloins instead of breasts. I used Italian bread crumbs instead of regular... didn't use capers... and garnished the final dish with dried parsley and a few more lemon slices. All in all, this turned out completely amazing and I will make it again for sure!
You can't go wrong with a Kittencal recipe! This was fantastic, as the 150 reviewers before me all stated. The only thing I would do different is use smaller breasts - mine were probably 10 oz - I should have cut them in half. Thanks for another winner Kittencal.
5 stars to you again. A winner in this house. I tripled the sauce and omitted the poultry seasoning, just added my own creation of spices with additional garlic. Wonderful flavor and so easy to make. Thanks for sharing such a fantastic recipe.
We really enjoyed this! Thank you Kittencal! <br/><br/>For the breadcrumbs, I used Italian Seasoned Panko crumbs I had in the cupboard (World Classics brand). I simply added 1/4 tsp. paprika to that. Loved the crispness and flavor. I tripled the amount of sauce and didn't use quite the full amount of lemon juice. I took the advice of a previous reviewer and added the lemon juice gradually until I had the balance I liked. The cooking time of 5 minutes per side on medium heat was perfect for the chicken. It was nicely browned and crisped, but still wonderfully moist and tender. We had it with steamed broccoli and angel hair pasta with the sauce on both. I heated some capers separately and enjoyed those sprinkled on top, keeping them off my husband's, who isn't a caper fan. He rated the recipe "very good!" with a thumbs up! Thanks again.
The best!
My family loved this! It was so lemony and tasty! I'm going to double or even triple the glaze next time. Thanks for another winning recipe Kittencal!
very good i had to cook it for a little longer than said and next time ill double the sauce
Since trying this recipe two weeks ago, I have already made it two other times because it is so good. I used Panko Breadcrumbs and I tripled the sauce. My husband and kids loved it. Thank you Kittencal for another amazing recipe.
Awesome recipe!!! I agree with several reviewers, double the sauce. I omitted the salt since I was using store bought chicken stock. The capers with lemon give the chicken a nice twist. Thank you for the posting.
This was sooo good and also easy.
Big Hit, will be making it again.

I agree must double the sauce !!
This was absolutely OUTSTANDING! I was seeking a low fat chicken recipe and decided to try this as it was the highest rated to pop up with my search criteria. INCREDIBLE! I doubled the sauce but wish I would have tripled it because I made angel hair on the side and it wasn't quite enough sauce. My kids both loved it as well. I added some fresh parmesan and crushed red pepper to my breading mixture. I also added about 2 tablespoons (maybe more) of capers. The fresh lemon just made this dish. I served this with Sherry Cherry Tomatoes from this site with a side of angel hair and it was an incredible dinner!!! Thank you for this recipe! It's my new favorite scaloppine!!!
If my crazy crew of 4 (5 plus hubby) were quiet at dinner...you know it's a good one! It was awesome. So easy, quick to come together, restaurant quality without all those unwanted calories!
Just delicious thank you so much, this recipe has revived my interest in cooking - much to my husbands delight. This sauce would be wonderful on fish don't you think?
WOW. Just, Wow. I made this with vegetarian chik'n (Quorn brand, it's almost exactly like chicken in taste and texture) and it was delicious! I made some changes besides that: I used an egg white instead of a whole egg (to cut calories and cholesterol), I didn't have poultry seasoning so I used some other spices instead (same ones in the store bought mix), and instead of chicken broth I used veggie. The glaze was WAYYY too salty, so I added some water and sugar to balance the flavor along with some cornstarch dissolved in water. I will DEFINITELY be making this again and sharing this recipe with my vegetarian friends. Thanks, KittenCal!!
OMG - my roomate's mother (back in college) made this and I never knew this is what she made until tonight. I've been searching for this recipe for 15 years.. lol WE LOVED THIS! So easy, and so delicious - and it looks like it takes so much time to make. I'll definitely use this for entertaining. The kids liked the chicken, but not the sauce, so I will leave it off a piece or two for next time. I doubled the sauce recipe as well and it was just enough. I actually bought the thinly sliced chicken breasts from the grocery store and was able to eliminate the pounding. Thanks for another fabulous recipe Kittencal - I can always count on yours to be the best! :)
This was quite tasty and easy to prepare. My kids love anything with lemon in it, so it was a big hit. I served it with roasted asparagus and parmesan baked tomatoes.
Excellent! A beautiful dish, it really does look like something you'd get at a restaurant. The chicken melted in your mouth. The sauce was too strong for us so I'll dilute it a bit next time.
This was amazing ! I tripled the sauce as suggested I also baked the chicken instead of frying it. I didn't have bread crumbs so I used ritz crackers it turned out so moist and yummy !! Thanks for the recipe !
Another hit from Kittencal! This was excellent and very easy to make. I browned them in the pan and then let them finish cooking in the oven while I made the glaze and side dishes. Delish! I had this with orzo and veggies. Made for Kittencal's Recipe Tag. Thanks! :)
If you like lemon, you must try this dish - its outstanding! I scaled for 2 servings & combined the olive oil with margarine. Since I didn't have poultry seasoning, I used 1/8 tsp sage + 1/8 tsp thyme; I was also forced to use dried parsley.
Question from hubby: "What are those little round things on top?" 
Response" "Capers"
Comment from hubby: "Oh ... this is really good"
Thanx Kitten for another repeater!
Loved this Scaloppine. I served it with Recipe #289520 and it made for a great meal. Very filling and wonderful flavor.
Fixed this for dinner last night and as usual recipes submitted by Kittencalskitchen are excellent. Breaded the chicken ahead and kept it in frig until ready to cook and that really saved time fixing dinner. Can recommend this highly with only one change. Add the lemon juice gradually so you don't get it too tart for your taste. Every one loved it!!!
All I can say is YUMMMM! I had 2 very large chicken breasts and when I cut and pounded them, I ended up with 8 very tasty pieces. Like others, I doubled the sauce, used Panko bread crumbs and added shrooms. The sauce has just the right amount of lemony flavor. Thanks so much for posting!
Everyone enjoyed this. I was worried when I tasted the sauce by itself that it would be too strong for my family but added to the chicken the flavor was just right. I would agree on doubling the sauce. This was my first time feeding my kids capers and they really liked them.
Yum Yum Yum! This was sooooo good. My DH said "This is restaurant quality!" You definitely need to be a lemon lover though because the lemon is strong in it... we liked it though! I may tone it down a bit if I make it for company. I did add the capers too. The only thing I did different is I used crushed Stove Top stuffing crumb mixture I had saved from a previous chicken recipe... I cant remember what was all in the mixture but I know it had parmesan cheese in it. I still added the seasoning salt, the garlic powder, and poultry seasoning. Anyways I used it to get rid of it... but it was awesome so maybe I'll use that again too! Oh yum this was so good! Yet another favorite from the wonderful Kittencalskitchen! Keep em' coming!
Served over Angel Hair and delish! I used Meyer Lemons, and frankly, I think it was a bit much lemon juice, but no reflection on the dish. Next time I'll use less, or smaller lemons. Thanks for a nice light dinner recipe!
Awesome (again!!!!) Kittencal, you're the best cook I (sort of) know! Had this tonight, and it was great! I didn't have any Dijon, and just put a little dried mustard in the egg, it was GREAT!!!! Thank you so much for all the recipes you share on here!!!!
I didn't use the capers and used water instead of brother
My husband said "thanks for makeing the best dinner ever". Enough said
I thought this was delicious! Love the crisp coating on the chicken. The capers were just the right touch. I did though find it to taste a bit too salty in combo with the lemon juice. I think I'd just leave out the salt next time.
Made as directed without the capers. We all thought this was just okay. Thanks for sharing
Holy COW!! Too darn delicious! This was just wonderful. I doubled the sauce recipe for the two of us. I used two huge chicken breast halves that I sliced into 4 pieces and brined. Wow... just SO tender and delicious. I also used a bit of cornstarch as another reviewer mentioned to thicken the sauce a bit. 
Thanks for a KEEPER!
I think this would be good with a sliced pork tenderloin, too. 
Wow... words just can't describe this dish. You MUST try it. 
TEN STARS!!!!!!!!!!
Good, healthy recipe. I didn't have any capers, so I omitted that. I served it over angel hair pasta with spinach salad, bread, and dipping oil on the side.
This is an excellent recipe and one that I have served to company several times now. It's ease of preparing and taste have me hooked!
Very good and easy recipe. The glaze reduced too much, and I had to add some more chicken broth to thin it out, but it turned out okay.
Tasty and easy to make; I liked adding the fresh lemon slices on top and the mustard adding a nice flavor.
Can you rate something with 10 stars? My hubby asked me to make this twice in one week. It is so amazingly good. The lemon flavor is just right, and the chicken is crispy and moist...and it is guilt free! What more can you ask for?
I've made this at least half a dozen times since I found this recipe a few months ago and I can't believe I didn't review it. This is absolutely DELICIOUS. I always double the sauce at least. This was the first time I ever tried dijon mustard as part of the egg mixture to dip the chicken in. I now do that with all my recipes that call for breaded chicken. 

Thanks for the recipe.
Crazy Good!
Used chicken cutlets, pounded them down and then followed the instructions from there. They came out WONDERFULLY moist and flavorful. The sauce...absolute dud. Not sure what went wrong but I didn't even use it. Will use this again just for the chicken ;)
Very nice! Tasted the chicken before the sauce & it was quite tasty on it's own, however the sauce was the finishing touch. I had never tried capers before & they definitely added to the flavour. Omitted the 1/4tsp salt in the sauce (personal taste only) & added a pinch of cornstarch. Thank you it was moist, tender and delicious!!
Wowza! This was a hit at our house tonight...we both devoured so much of this that we didn't even need a side to go with it! I followed the directions exactly, using just one egg, which was plenty. The only thing I will change next time I make it (which will be soon!) is add the salt in to the breadcrumb mix, skip the chicken broth, and just squeeze some fresh lemon on top during frying. I think this will be better for our personal taste, as we like it a bit more lemony, and it may help to keep the chicken more crispy. Thanks for the AWESOME recipe! Will be a regular in our house, as it is very healthy, flavorful, and just yummy!
Really, really tasty. I implemented some of the (minor) tweaks suggested, all of which I recommend: I used panko crumbs, doubled the sauce, thickened with some cornstarch & water, and added capers. Definitely easy to make but notwithstanding how easy it was, I'd say it's company worthy. I'm a big fan of this recipe.
SO GOOD. i only made one chicken breast, so i used 1/2 the recipe, but doubled the sauce. it was PERFECT!!!
5 stars all the way! We all loved this and it was so easy to make. I didn't bother pounding the chicken breasts. I cut them in half (thickness wise) and that was about 1/2 an inch thick. Served with rice and roasted veggies. I used panko crumbs (I had to double this bit as I had 6 chicken breasts), 2 eggs, tripled the sauce and omitted the capers but only because I didn't have them on hand. Delish! Thanks for a great easy recipe!
I made this for my DD and her BF and they both really enjoyed it. Next time I will add a little more lemon. thanks
Good recipe. I like the glaze but may try and find some other flavors to add to it as well. Mine seemed to taste like just lemon, and I was hoping for a little more complex flavor. I served it with the couscous from the Balsalmic Chicken with garlic couscous recipe. thanks kittencal
We've made this twice in the past week it is so GREAT!! This is a great recipe since I usually have most of the ingredients on hand! And pretty quick too...my picky husband loves it too. I originally printed it out because it is a healthier menu...but I'm so glad I did because the flavor is FANTASTIC! Thanks Kittencal!
